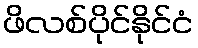
ဖိလစ်ပိုင်နိုင်ငံ